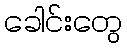
ခေါင်းတွေ